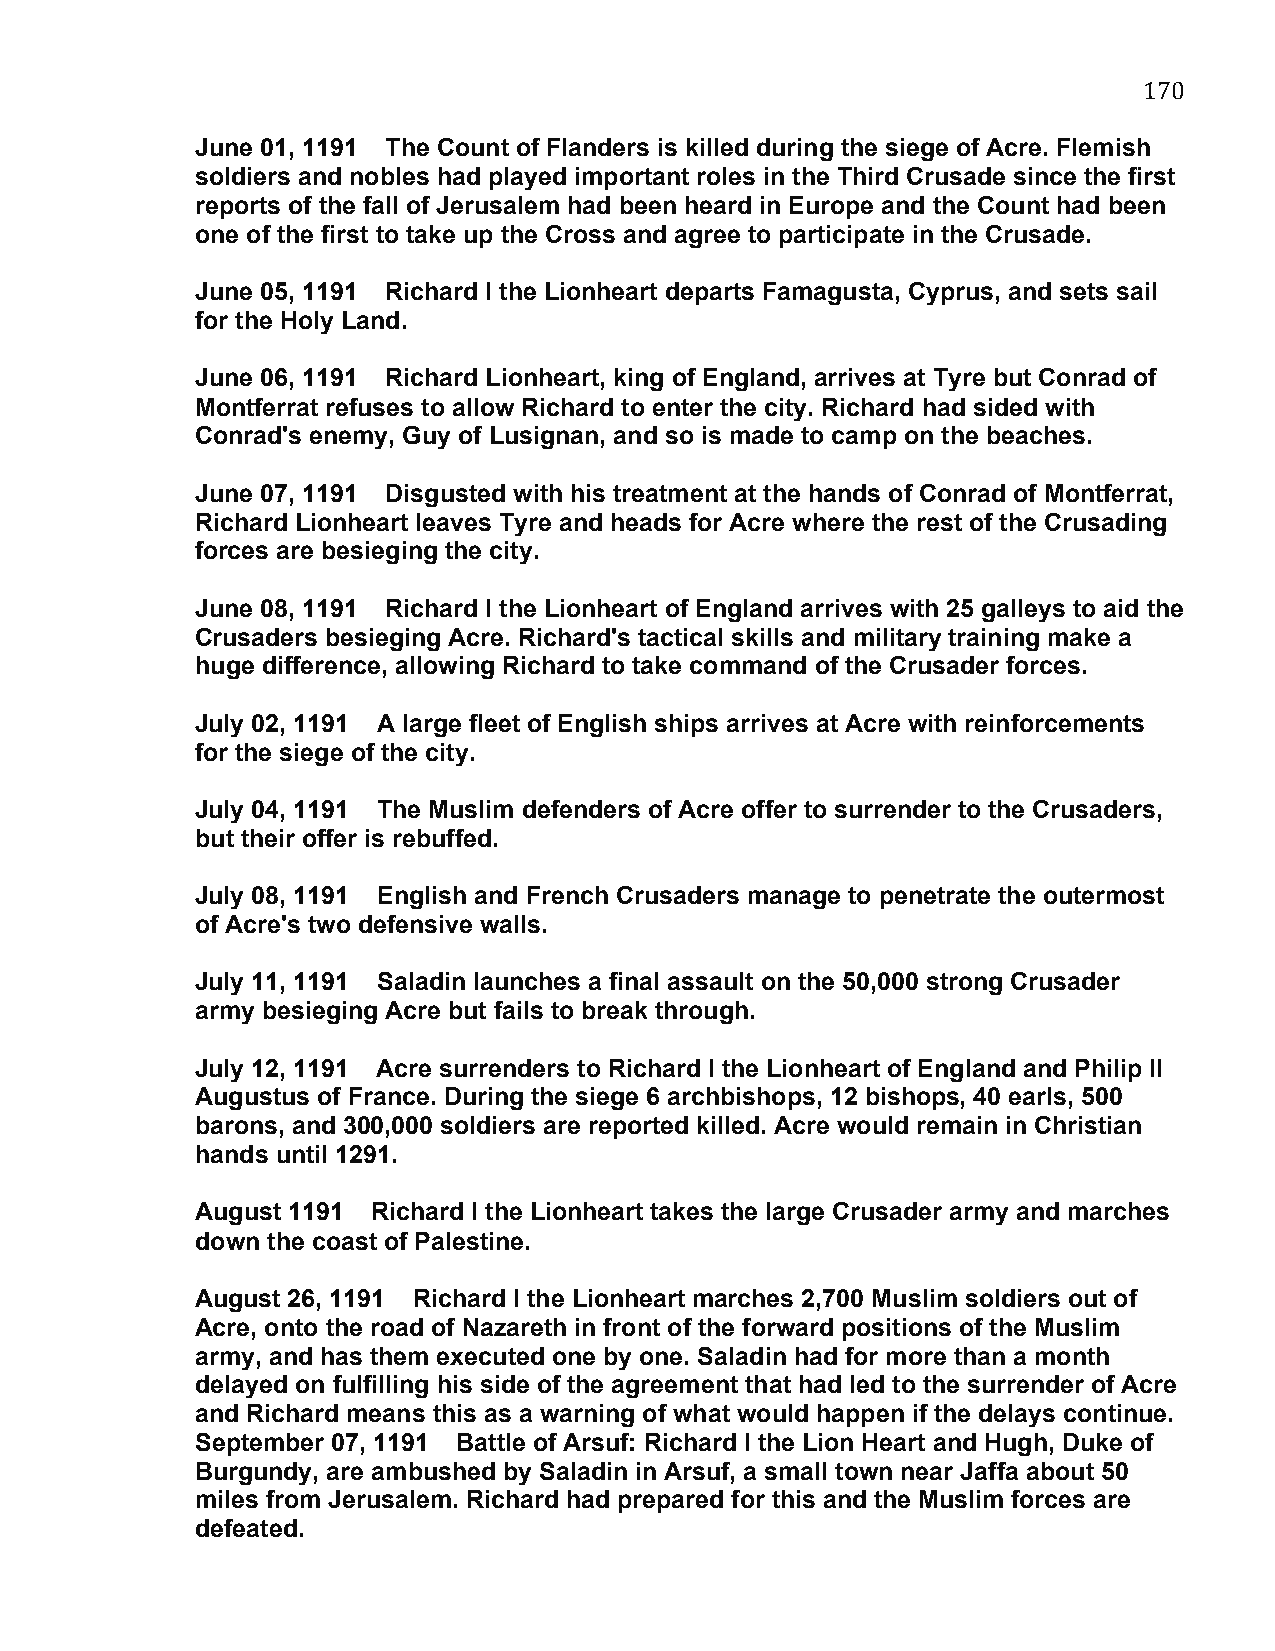
170
 June 01, 1191 The Count of Flanders is killed during the siege of Acre. Flemish
 soldiers and nobles had played important roles in the Third Crusade since the first
 reports of the fall of Jerusalem had been heard in Europe and the Count had been
 one of the first to take up the Cross and agree to participate in the Crusade.
 June 05, 1191 Richard I the Lionheart departs Famagusta, Cyprus, and sets sail
 for the Holy Land.
 June 06, 1191 Richard Lionheart, king of England, arrives at Tyre but Conrad of
 Montferrat refuses to allow Richard to enter the city. Richard had sided with
 Conrad's enemy, Guy of Lusignan, and so is made to camp on the beaches.
 June 07, 1191 Disgusted with his treatment at the hands of Conrad of Montferrat,
 Richard Lionheart leaves Tyre and heads for Acre where the rest of the Crusading
 forces are besieging the city.
 June 08, 1191 Richard I the Lionheart of England arrives with 25 galleys to aid the
 Crusaders besieging Acre. Richard's tactical skills and military training make a
 huge difference, allowing Richard to take command of the Crusader forces.
 July 02, 1191 A large fleet of English ships arrives at Acre with reinforcements
 for the siege of the city.
 July 04, 1191 The Muslim defenders of Acre offer to surrender to the Crusaders,
 but their offer is rebuffed.
 July 08, 1191 English and French Crusaders manage to penetrate the outermost
 of Acre's two defensive walls.
 July 11, 1191 Saladin launches a final assault on the 50,000 strong Crusader
 army besieging Acre but fails to break through.
 July 12, 1191 Acre surrenders to Richard I the Lionheart of England and Philip II
 Augustus of France. During the siege 6 archbishops, 12 bishops, 40 earls, 500
 barons, and 300,000 soldiers are reported killed. Acre would remain in Christian
 hands until 1291.
 August 1191 Richard I the Lionheart takes the large Crusader army and marches
 down the coast of Palestine.
 August 26, 1191 Richard I the Lionheart marches 2,700 Muslim soldiers out of
 Acre, onto the road of Nazareth in front of the forward positions of the Muslim
 army, and has them executed one by one. Saladin had for more than a month
 delayed on fulfilling his side of the agreement that had led to the surrender of Acre
 and Richard means this as a warning of what would happen if the delays continue.
 September 07, 1191 Battle of Arsuf: Richard I the Lion Heart and Hugh, Duke of
 Burgundy, are ambushed by Saladin in Arsuf, a small town near Jaffa about 50
 miles from Jerusalem. Richard had prepared for this and the Muslim forces are
 defeated.